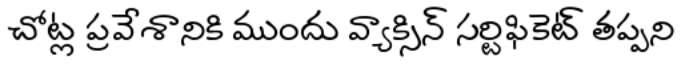
చోట్ల ప్రవేశానికి ముందు వ్యాక్సిన్ సర్టిఫికెట్ తప్పని